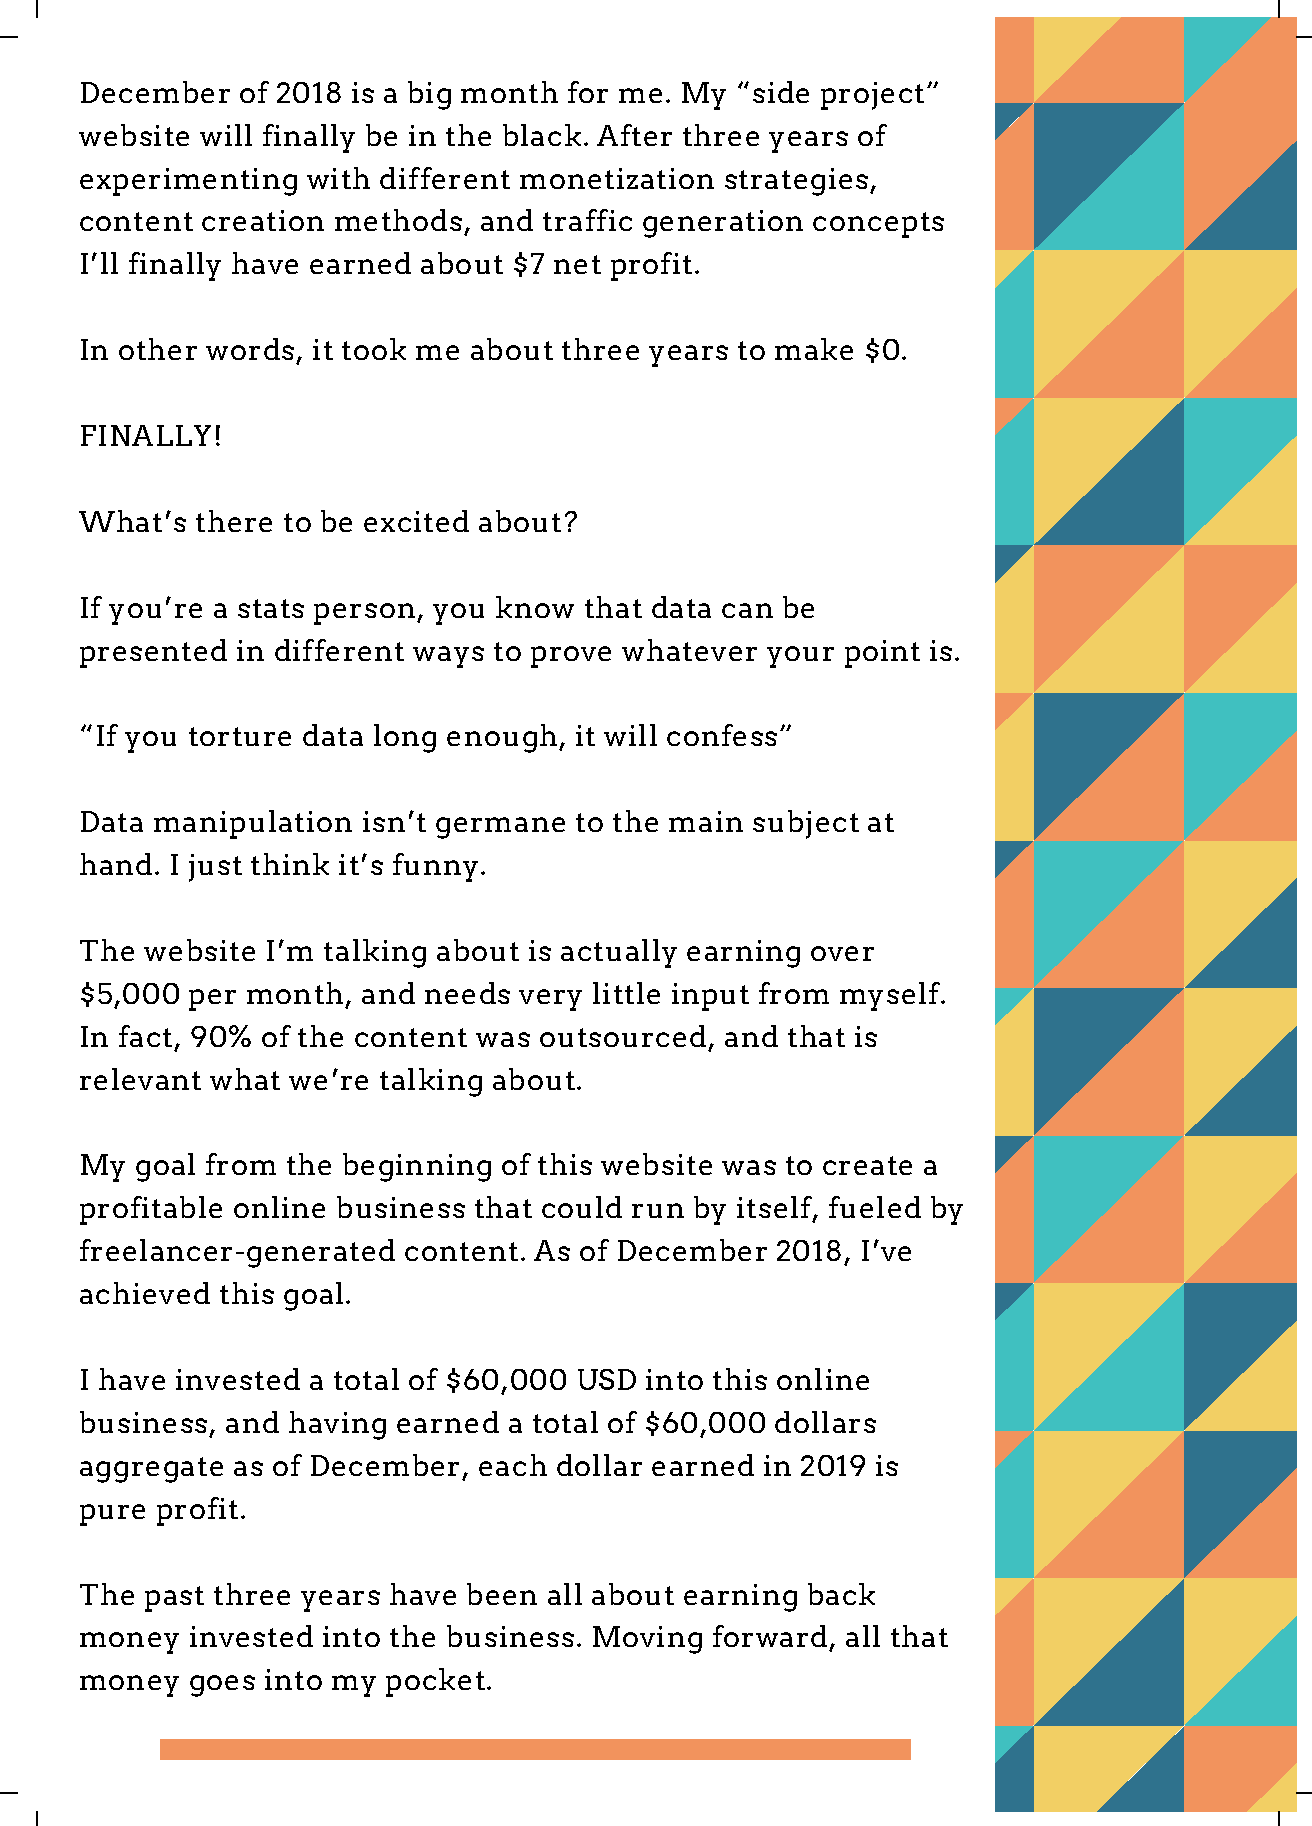
December   of 2018 is a big month for me. My “side project”
 website will finally be in the black. After three years of
 experimenting  with different monetization strategies,
 content creation methods,  and traffic generation concepts
 I’ll finally have earned about $7 net profit.
 In other words, it took me about three years to make $0.
 FINALLY!
 What’s  there to be excited about?
 If you’re a stats person, you know that data can be
 presented  in different ways to prove whatever your point is.
 “If you torture data long enough, it will confess”
 Data manipulation  isn’t germane to the main subject at
 hand. I just think it’s funny.
 The  website I’m talking about is actually earning over
 $5,000 per month,  and needs very little input from myself.
 In fact, 90% of the content was outsourced, and that is
 relevant what we’re talking about.
 My  goal from the beginning of this website was to create a
 profitable online business that could run by itself, fueled by
 freelancer-generated  content. As of December 2018, I’ve
 achieved this goal.
 I have invested a total of $60,000 USD into this online
 business, and having earned  a total of $60,000 dollars
 aggregate as of December,  each dollar earned in 2019 is
 pure profit.
 The  past three years have been all about earning back
 money  invested into the business. Moving forward, all that
 money  goes into my pocket.